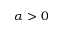
\alpha > 0